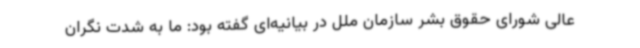
عالی شورای حقوق بشر سازمان ملل در بیانیه‌ای گفته بود: ما به شدت نگران